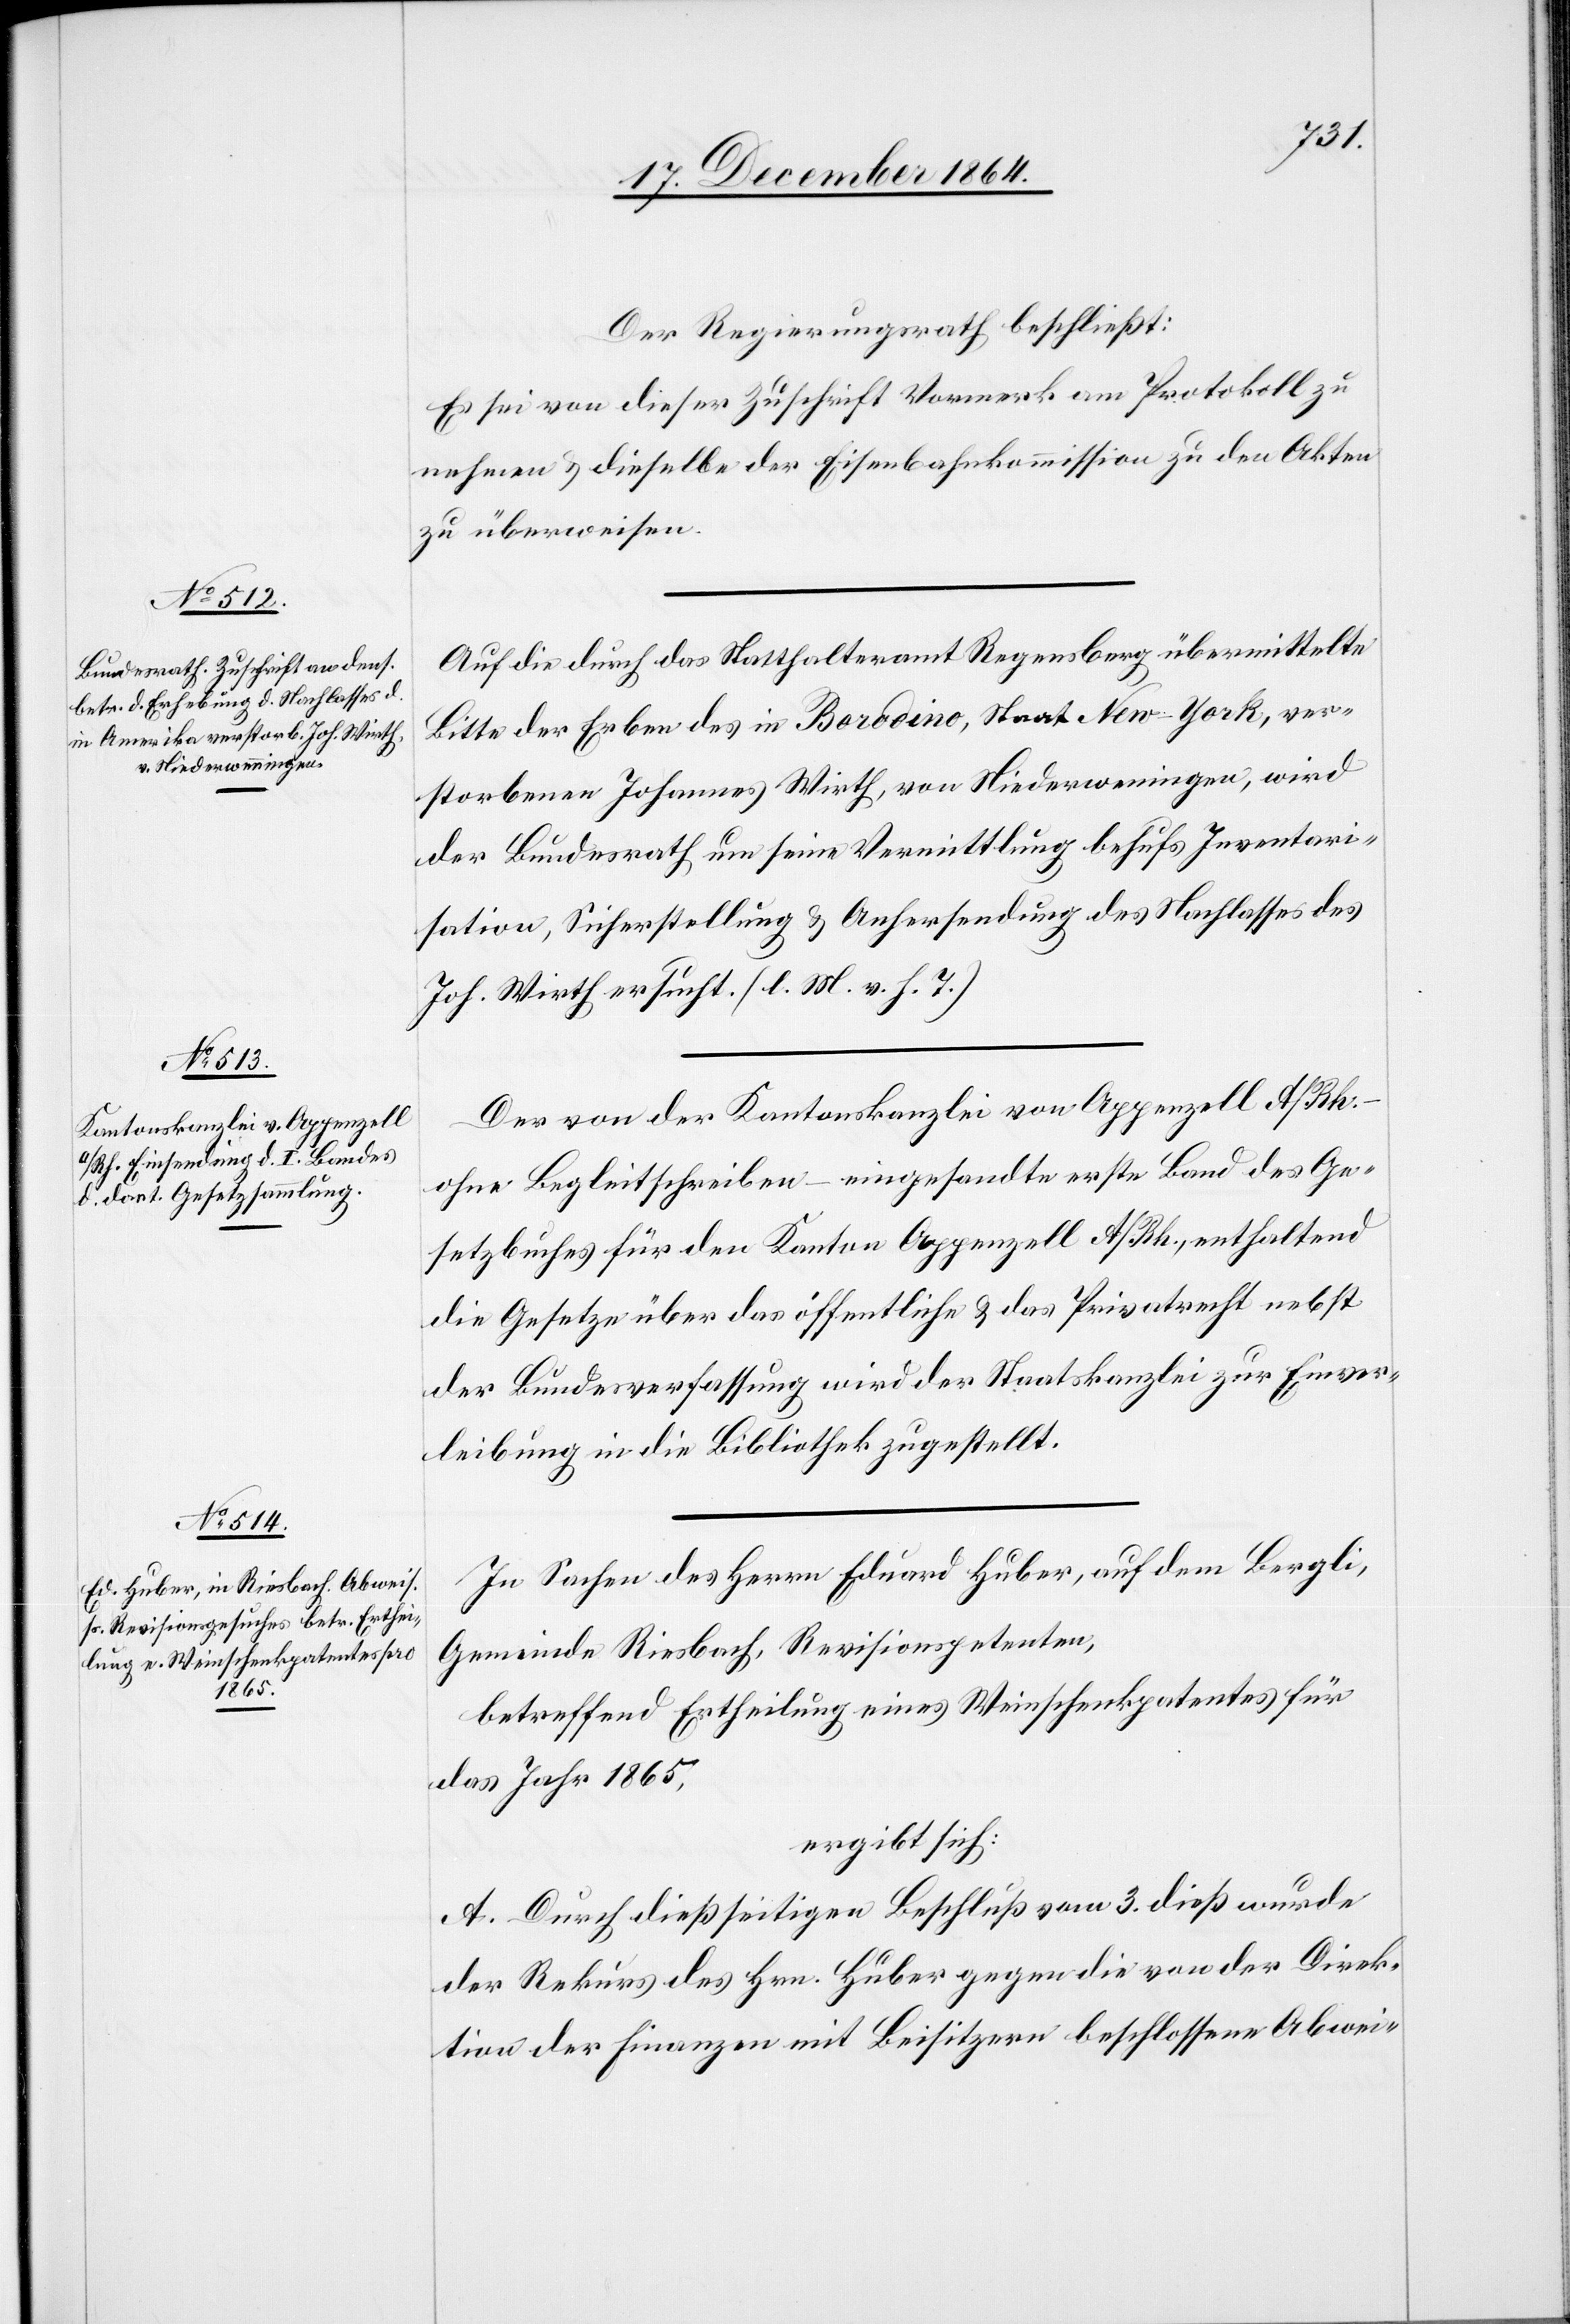
Der Regierungsrath beschließt:
Es sei von dieser Zuschrift Vormerk am Protokoll zu
nehmen & dieselbe der Eisenbahnkommission zu den Akten
zu überweisen.
Auf die durch das Statthalteramt Regensberg übermittelte
Bitte der Erben des in Borodino, Staat New-York, ver¬
storbenen Johannes Wirth, von Niederweningen [sic!], wird
der Bundesrath um seine Vermittlung behufs Inventari¬
sation, Sicherstellung & Anhersendung des Nachlasses des
Joh. Wirth ersucht. (l. M. v. h. T.)
Der von der Kantonskanzlei von Appenzell A/Rh.
ohne Begleitschreiben – eingesandte erste Band des Ge¬
setzbuches für den Kanton Appenzell A/Rh., enthaltend
die Gesetze über das öffentliche & das Privatrecht nebst
der Bundesverfassung wird der Staatskanzlei zur Einver¬
leibung in die Bibliothek zugestellt.
In Sachen des Herrn Eduard Huber, auf dem Bergli,
Gemeinde Riesbach, Revisionspetenten,
betreffend Ertheilung eines Weinschenkpatentes für
das Jahr 1865,
ergibt sich:
A. Durch dießseitigen Beschluß vom 3. dieß wurde
der Rekurs des Hrn. Huber gegen die von der Direk¬
tion der Finanzen mit Beisitzern beschlossene Abwei-